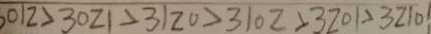
0 1 2 > 3 0 2 1 > 3 1 2 0 > 3 1 0 2 > 3 2 0 1 > 3 2 1 0